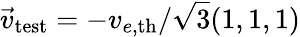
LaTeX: \vec{v}_{\mathrm{{test}}}=-v_{e,\mathrm{{th}}}/\sqrt{3}(1,1,1)